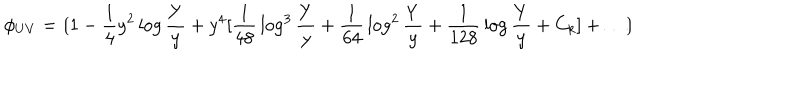
LaTeX: \phi _ { U V } = \lgroup 1 - { \frac { 1 } { 4 } } y ^ { 2 } \log { \frac { Y } { y } } + y ^ { 4 } [ { \frac { 1 } { 4 8 } } \log ^ { 3 } { \frac { Y } { y } } + { \frac { 1 } { 6 4 } } \log ^ { 2 } { \frac { Y } { y } } + { \frac { 1 } { 1 2 8 } } \log { \frac { Y } { y } } + C _ { k } ] + \ldots \rgroup